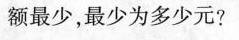
额最少，最少为多少元?